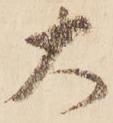
大